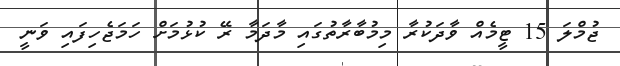
ޖުމްލަ 15 ޓީމެއް ވާދަކުރާ މިމުބާރާތުގައި މާދަމާ ރޭ ކުޅުމަށް ހަމަޖެހިފައި ވަނީ